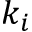
k _ { i }